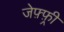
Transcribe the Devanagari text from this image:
जेफ़्फ़्री